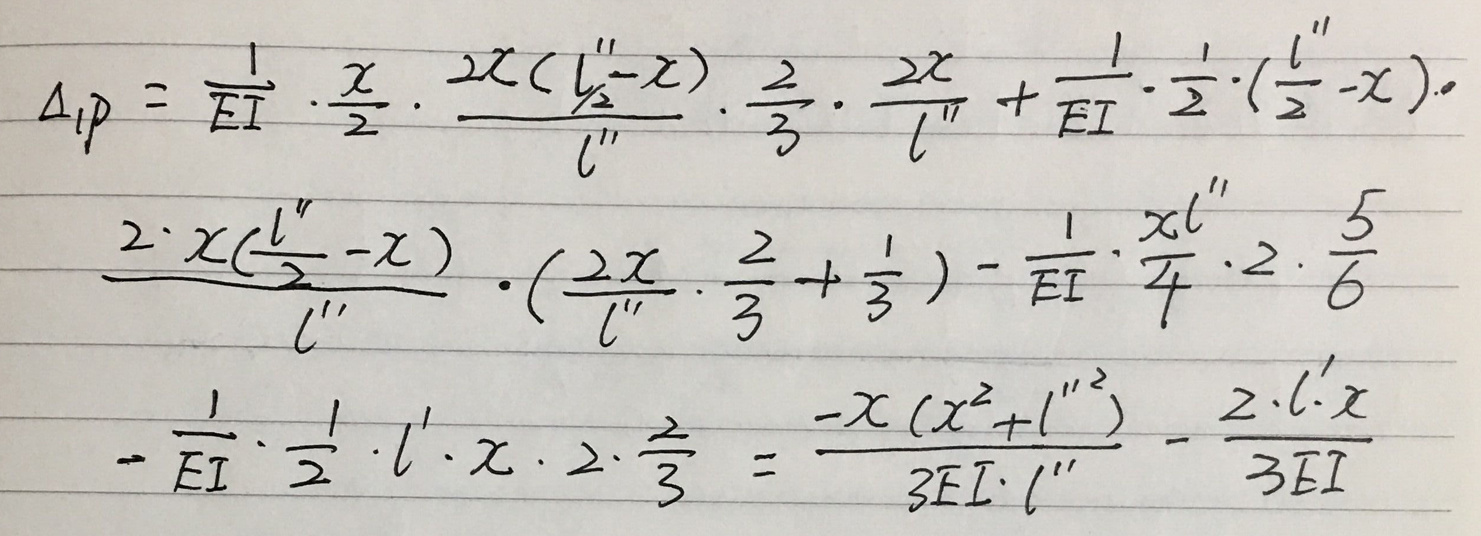
\[
\begin{align*}
\Delta_{1P}&=\frac{1}{EI}\cdot\frac{x}{2}\cdot\frac{2x(\frac{l''}{2}-x)}{l''}\cdot\frac{2}{3}\cdot\frac{2x}{l''}+\frac{1}{EI}\cdot\frac{1}{2}\cdot(\frac{l''}{2}-x)\cdot0\\
&\frac{2\cdot x(\frac{l''}{2}-x)}{l''}\cdot(\frac{2x}{l''}\cdot\frac{2}{3}+\frac{1}{3})-\frac{1}{EI}\cdot\frac{xl''}{4}\cdot2\cdot\frac{5}{6}\\
&-\frac{1}{EI}\cdot\frac{1}{2}\cdot l'\cdot x\cdot2\cdot\frac{2}{3}=\frac{-x(x^{2}+l''^{2})}{3EI\cdot l''}-\frac{2\cdot l'\cdot x}{3EI}
\end{align*}
\]